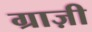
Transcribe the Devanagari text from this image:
ग्राज़ी